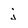
Character: j